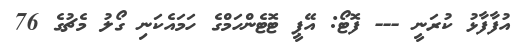
އުފާފާޅު ކުރަނީ --- ފޮޓޯ: އޭޕީ ޓޮޓެންހަމްގެ ހަމައެކަނި ގޯލު މެޗުގެ 76